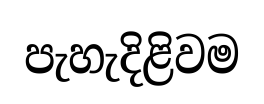
පැහැදිළිවම